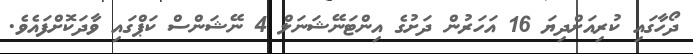
ދޯހާގައި ކުރިއަށްދިޔަ 16 އަހަރުން ދަށުގެ އިންޓަނޭޝަނަލް 4 ނޭޝަންސް ކަޕްގައި ވާދަކޮށްފައެވެ.